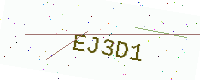
Text: EJ3D1